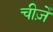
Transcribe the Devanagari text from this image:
चीज़ेँ